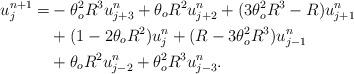
LaTeX: \begin{align*}u^{n+1}_j=&-\theta_{o}^{2}R^{3}u^{n}_{j+3}+\theta_{o}R^{2}u^{n}_{j+2}+(3\theta_{o}^{2}R^{3}-R)u^{n}_{j+1} \\&+(1-2\theta_{o}R^{2})u^{n}_{j}+(R-3\theta_{o}^{2}R^{3})u^{n}_{j-1} \\&+\theta_{o}R^{2}u^{n}_{j-2}+\theta_{o}^{2}R^{3}u^{n}_{j-3}. \end{align*}